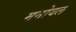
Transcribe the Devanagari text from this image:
मनोवल